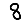
Digit: 8